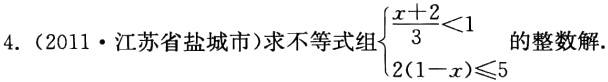
4.（2011·江苏省盐城市）求不等式组\(\begin{cases}\dfrac{x + 2}{3}<1 \\2(1 - x)\leqslant5\end{cases}\)的整数解.